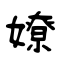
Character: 嫽